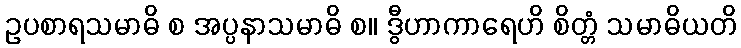
ဥပစာရသမာဓိ စ အပ္ပနာသမာဓိ စ။ ဒွီဟာကာရေဟိ စိတ္တံ သမာဓိယတိ